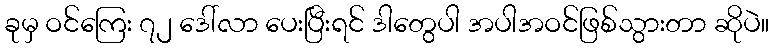
ခုမှ ဝင်ကြေး ၇၂ ဒေါ်လာ ပေးပြီးရင် ဒါတွေပါ အပါအဝင်ဖြစ်သွားတာ ဆိုပဲ။